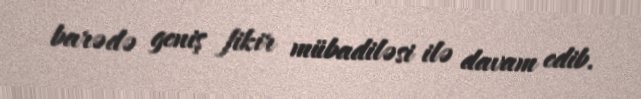
barədə geniş fikir mübadiləsi ilə davam edib.